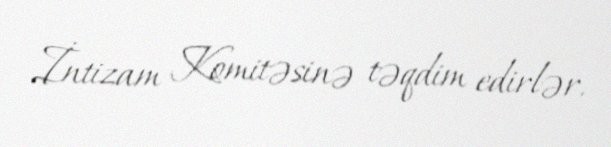
İntizam Komitəsinə təqdim edirlər.